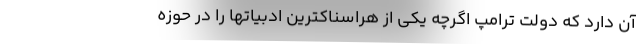
آن دارد که دولت ترامپ اگرچه یکی از هراسناکترین ادبیاتها را در حوزه